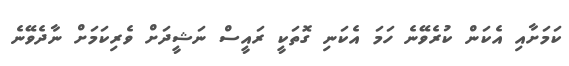
ކަމަށާއި އެކަން ކުރެވޭނެ ހަމަ އެކަނި ގޮތަކީ ރައީސް ނަޝީދަށް ވެރިކަމަށް ނާދެވޭނެ